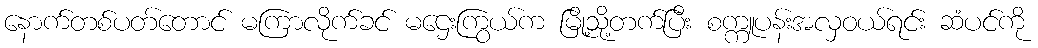
နောက်တစ်ပတ်တောင် မကြာလိုက်ခင် မဌေးကြွယ်က မြို့သို့တက်ပြီး စက္ကူပန်းအလှဝယ်ရင်း ဆံပင်ကို